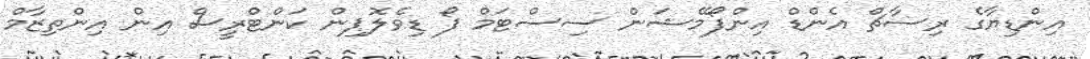
އިންޑިޔާގެ ރިސާޗް އެންޑް އިންފޯމޭޝަން ސިސްޓަމް ފޯ ޑިވެލޮޕިން ކަންޓްރީސް އިން އިންތިޒާމް